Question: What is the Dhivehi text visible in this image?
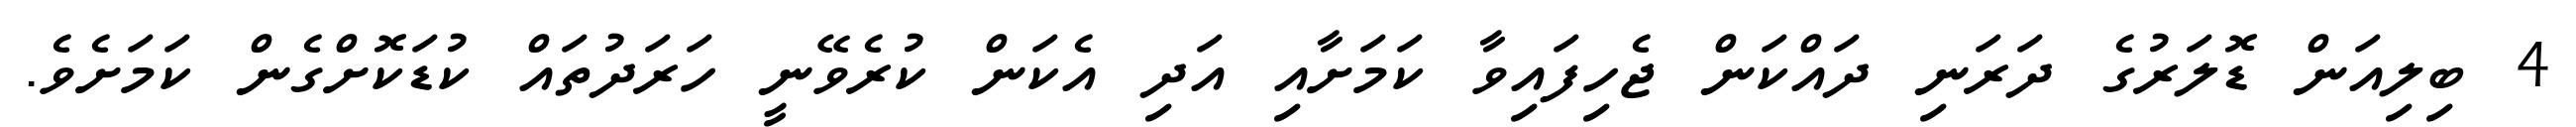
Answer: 4 ބިލިއަން ޑޮލަރުގެ ދަރަނި ދައްކަން ޖެހިފައިވާ ކަމަށާއި އަދި އެކަން ކުރެވޭނީ ހަރަދުތައް ކުޑަކޮށްގެން ކަމަށެވެ.